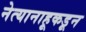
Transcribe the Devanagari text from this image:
नेत्यानाहूकडून